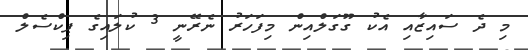
މި ދެ ސައިޒާއި އެކު ގޫގަލްއިން މިފަހަރު ނެރޭނީ 3 ކުލައިގެ ޕިކްސެލް